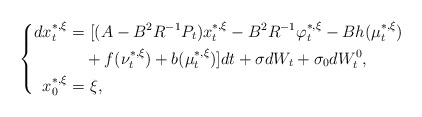
\begin{align*} \left\{ \begin{aligned} dx_t^{*,\xi}=&~[(A-B^2R^{-1}P_t)x_t^{*,\xi}-B^2R^{-1}\varphi_t^{*,\xi}-Bh(\mu_t^{*,\xi})\\&+f(\nu_t^{*,\xi})+b(\mu_t^{*,\xi})]dt+\sigma dW_t+\sigma_0dW^0_t,\\ x_0^{*,\xi}=&~\xi, \end{aligned} \right. \end{align*}